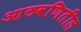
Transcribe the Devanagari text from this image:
आठवणितील